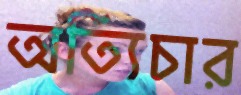
অত্যিচার